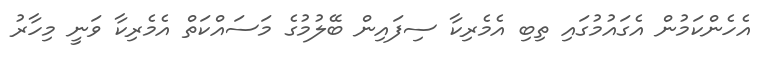
އެހެންކަމުން އެގައުމުގައި ތިބި އެމެރިކާ ސިފައިން ބޭލުމުގެ މަސައްކަތް އެމެރިކާ ވަނީ މިހާރު